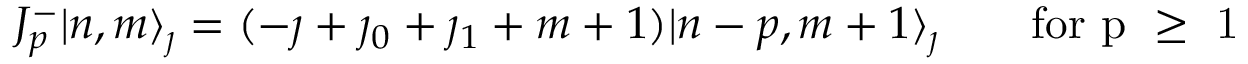
J _ { p } ^ { - } | n , m \rangle _ { \jmath } = ( - \jmath + \jmath _ { 0 } + \jmath _ { 1 } + m + 1 ) | n - p , m + 1 \rangle _ { \jmath } \qquad \mathrm { f o r ~ p ~ \geq ~ 1 ~ }